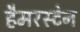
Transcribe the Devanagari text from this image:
हैमरस्टेन